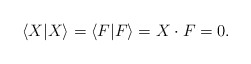
\begin{align*}\langle X|X\rangle=\langle F|F\rangle=X\cdot F=0.\end{align*}